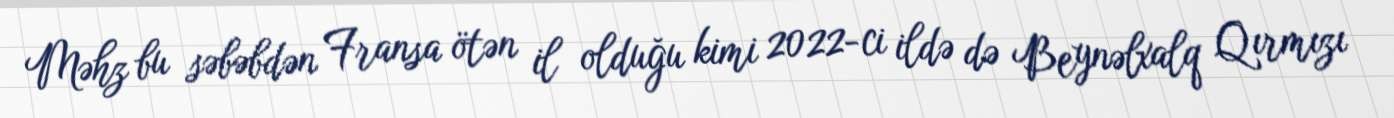
Məhz bu səbəbdən Fransa ötən il olduğu kimi 2022-ci ildə də Beynəlxalq Qırmızı